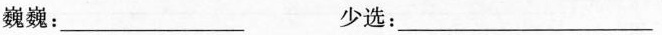
巍巍：___少选：___